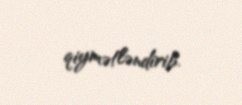
qiymətləndirib.